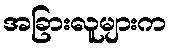
အခြားလူများက